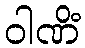
ဝါဏိံ